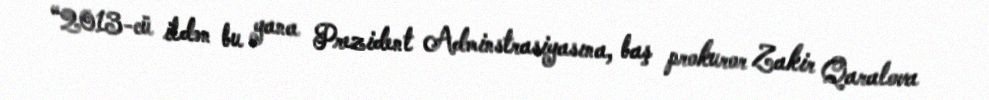
“2013-cü ildən bu yana Prezident Adminstrasiyasına, baş prokuror Zakir Qaralova